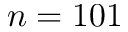
n = 1 0 1